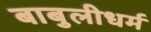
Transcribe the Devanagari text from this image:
बाबुलीधर्म